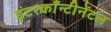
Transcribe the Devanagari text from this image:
इंटरकाँन्टीनेंटल